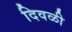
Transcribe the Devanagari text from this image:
दिवळी